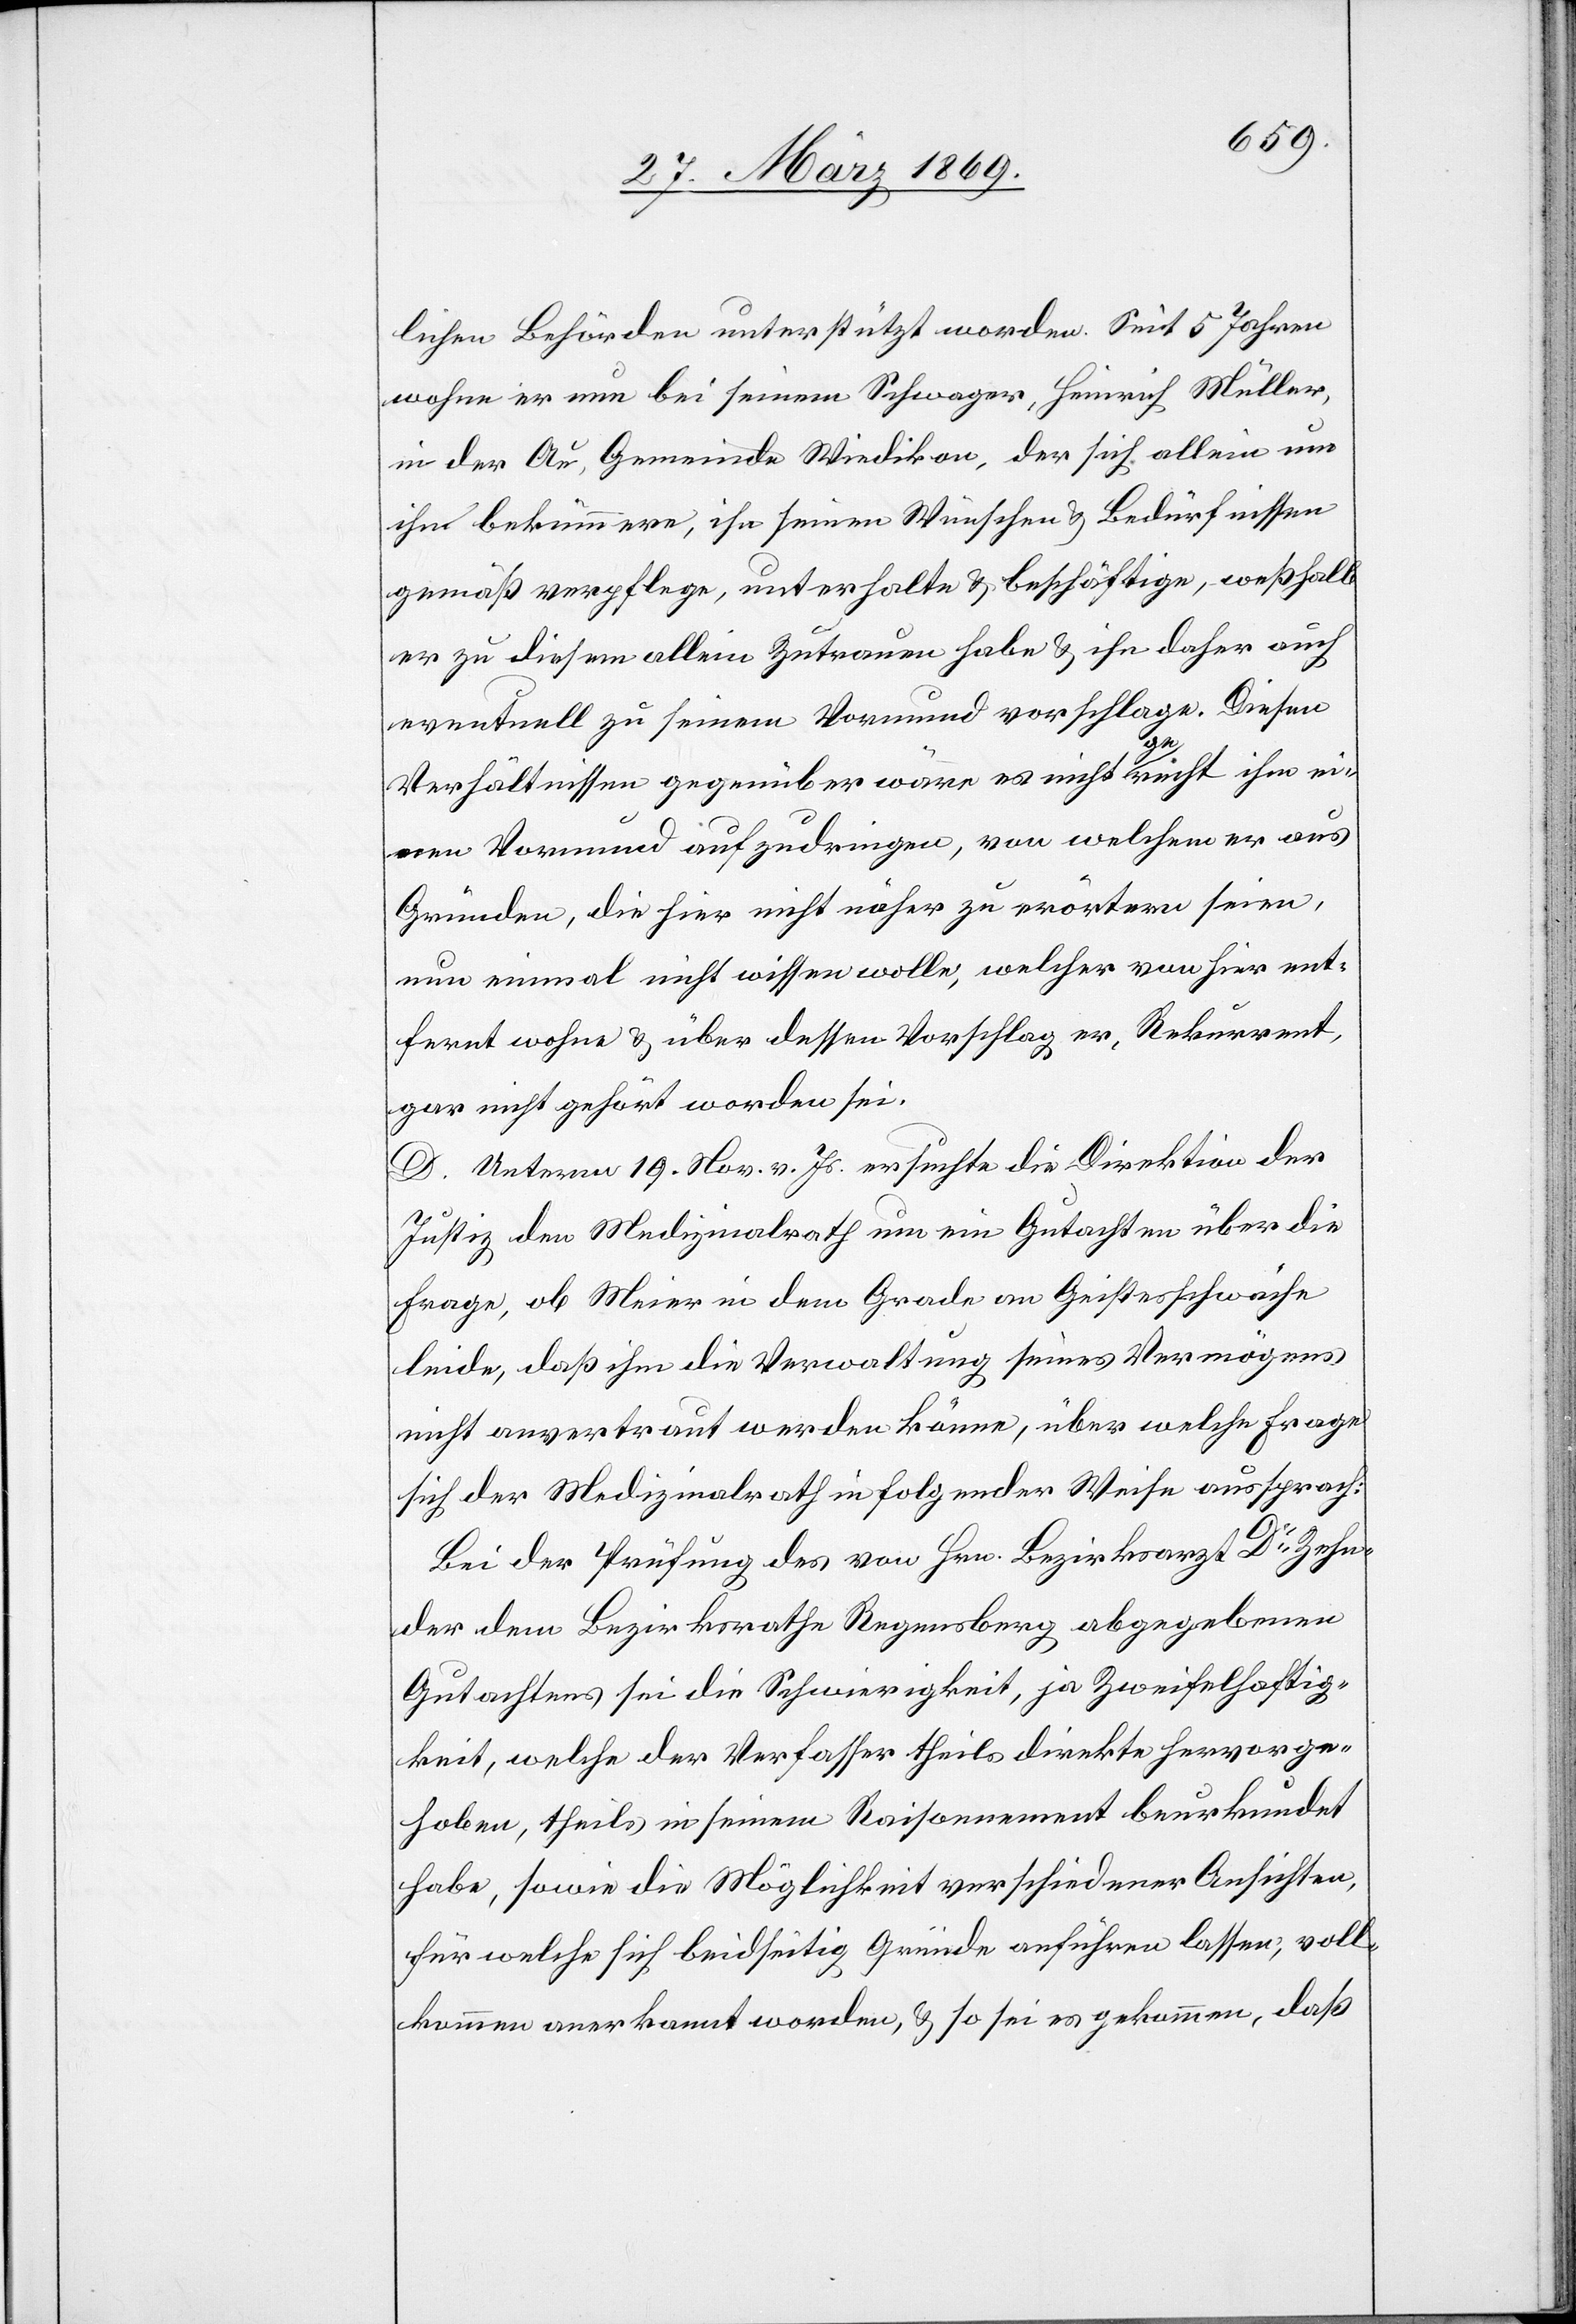
lichen Behörden unterstützt worden. Seit 5 Jahren
wohne er nun bei seinem Schwager, Heinrich Müller,
in der Au, Gemeinde Wiedikon, der sich allein um
ihn bekümmere, ihn seinen Wünschen u. Bedürfnissen
gemäß verpflege, unterhalte u. beschäftige, weßhalb
er zu diesem allein Zutrauen habe u. ihn daher auch
eventuell zu seinem Vormund vorschlage. Diesen
Verhältnissen gegenüber wäre es nicht gerecht ihm ei¬
nen Vormund aufzudringen, von welchem er aus
Gründen, die hier nicht näher zu erörtern seien,
nun einmal nicht wissen wolle, welcher von hier ent¬
fernt wohne, u. über dessen Vorschlag er, Rekurrent,
gar nicht gehört worden sei.
D. Unterm 19. Nov v. Js. ersuchte die Direktion der
Justiz den Medizinalrath um ein Gutachten über die
Frage, ob Meier in dem Grade an Geistesschwäche
leide, daß ihm die Verwaltung seines Vermögens
nicht anvertraut werden könne, über welche Frage
sich der Medizinalrath in folgender Weise aussprach:
Bei der Prüfung des von Hrn. Bezirksarzt Dr Zehn¬
der dem Bezirksrathe Regensberg abgegebenen
Gutachtens sei die Schwierigkeit, ja Zweifelhaftig¬
keit, welche der Verfasser theils direkte hervorge¬
hoben, theils in seinem Raisonement beurkundet
habe, sowie die Möglichkeit verschiedener Ansichten,
für welche sich beidseitig Gründe anführen lassen, voll¬
kommen anerkannt worden, u. so sei es gekommen, daß